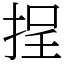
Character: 挰